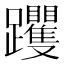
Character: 躩